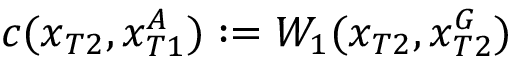
c ( x _ { T 2 } , x _ { T 1 } ^ { A } ) : = W _ { 1 } ( x _ { T 2 } , x _ { T 2 } ^ { G } )